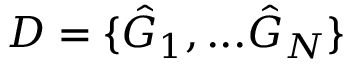
D = \{ \hat { G } _ { 1 } , . . . \hat { G } _ { N } \}